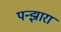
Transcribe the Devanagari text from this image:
पन्झारा